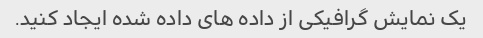
یک نمایش گرافیکی از داده های داده شده ایجاد کنید.